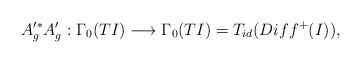
\begin{align*}A'^{*}_{g}A'_{g}: \Gamma_{0}(TI) \longrightarrow \Gamma_{0}(TI)= T_{id}(Diff^{+}(I)),\end{align*}